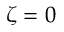
\zeta = 0